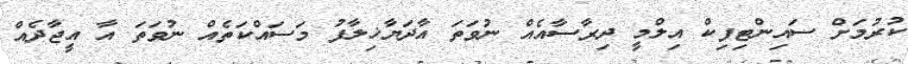
ކުރުމަށް ސައިންޓިފިކް އިލްމީ ދިރާސާއެއް ނުވަތަ އާދަޔާޚިލާފު މަސައްކަތެއް ނުވަތަ އާ އީޖާދެއް